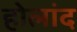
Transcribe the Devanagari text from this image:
होलांद